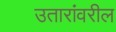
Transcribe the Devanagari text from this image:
उतारांवरील